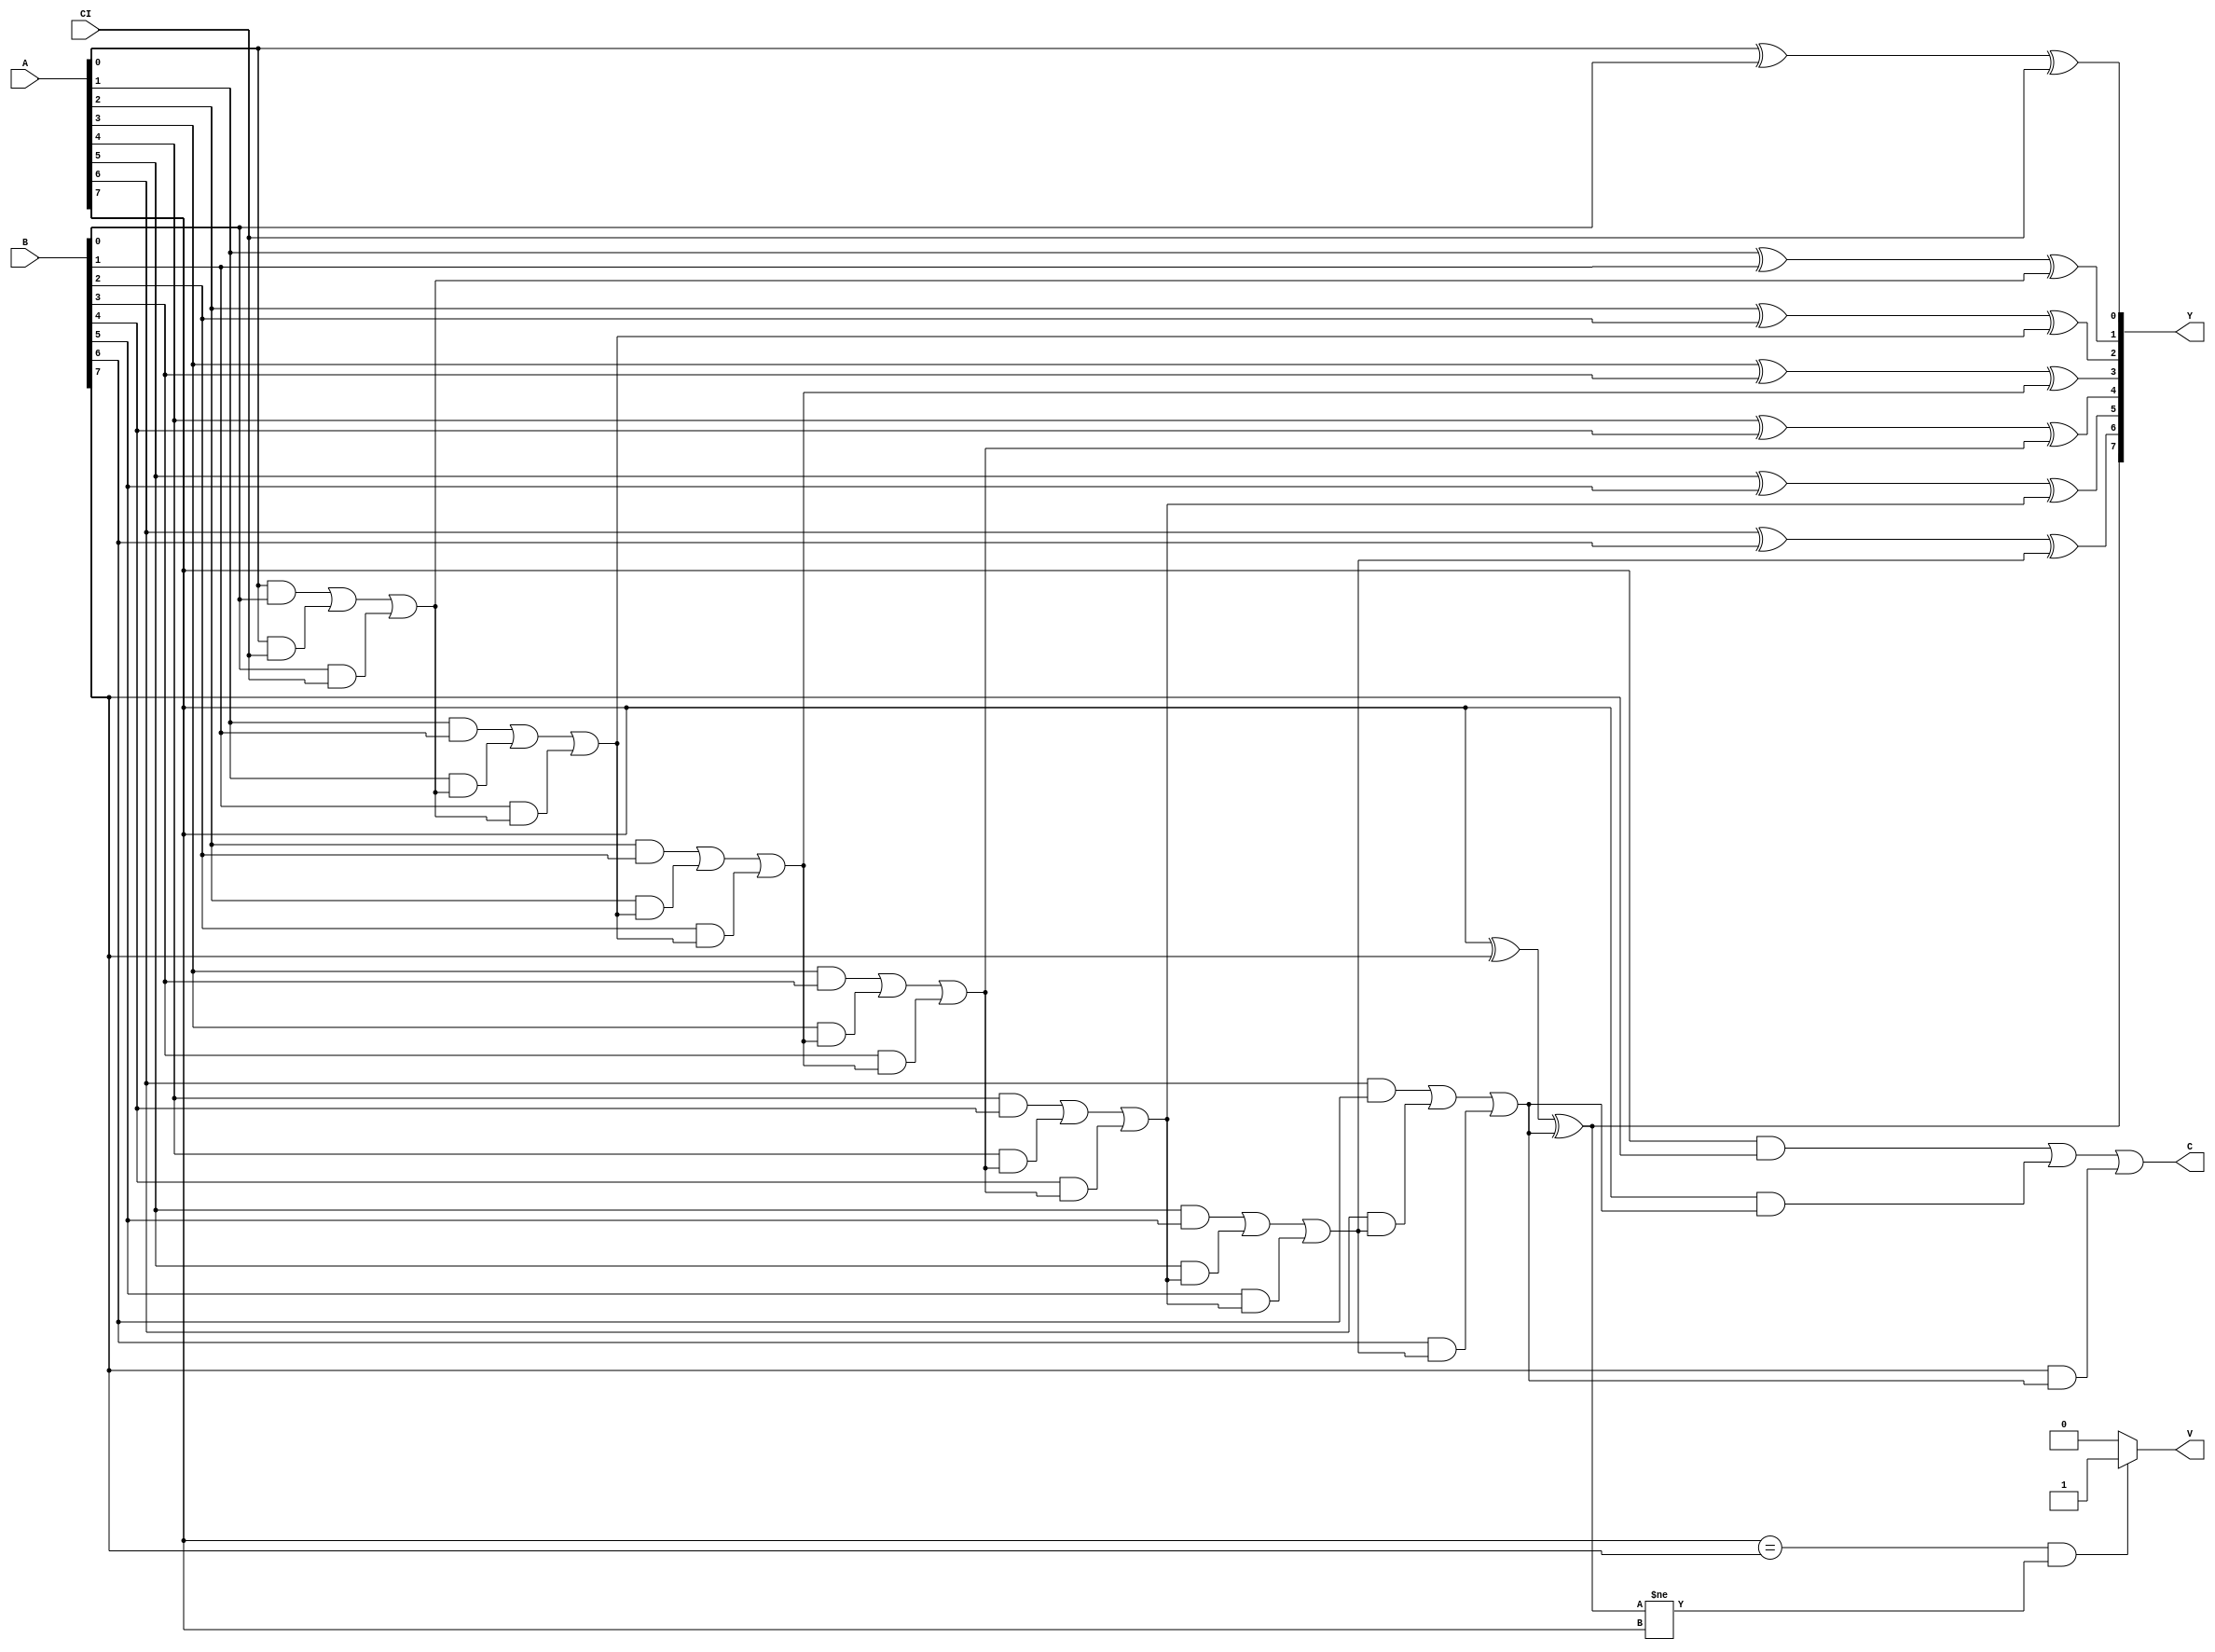
module adder(A, B, CI, Y, C, V); // add all inputs and outputs inside parentheses
 
 
  // inputs
  input [7:0] A;
  input [7:0] B;
  input CI;
  
  // outputs
  output reg [7:0] Y;
  output reg C;
  output reg V;
 
  reg CARRY;

  
  always @ (*)
  begin
		Y[0]=((A[0]^B[0])^CI);
		CARRY=(A[0]&B[0]) | (A[0]&CI) | (B[0]&CI);
		Y[1]=((A[1]^B[1])^CARRY);
		CARRY=(A[1]&B[1]) | (A[1]&CARRY) | (B[1]&CARRY);
		Y[2]=((A[2]^B[2])^CARRY);
		CARRY=(A[2]&B[2]) | (A[2]&CARRY) | (B[2]&CARRY);
		Y[3]=((A[3]^B[3])^CARRY);
		CARRY=(A[3]&B[3]) | (A[3]&CARRY) | (B[3]&CARRY);
		Y[4]=((A[4]^B[4])^CARRY);
		CARRY=(A[4]&B[4]) | (A[4]&CARRY) | (B[4]&CARRY);
		Y[5]=((A[5]^B[5])^CARRY);
		CARRY=(A[5]&B[5]) | (A[5]&CARRY) | (B[5]&CARRY);
		Y[6]=((A[6]^B[6])^CARRY);
		CARRY=(A[6]&B[6]) | (A[6]&CARRY) | (B[6]&CARRY);
		Y[7]=((A[7]^B[7])^CARRY);
		C=(A[7]&B[7]) | (A[7]&CARRY) | (B[7]&CARRY);
		if ((A[7] == B[7]) && (Y[7] != A[7]))
			V = 1; 
		else 
			V = 0; 
	end
	
endmodule